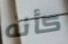
كأنه